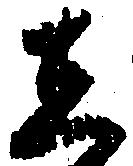
し